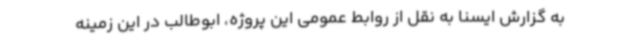
به گزارش ایسنا به نقل از روابط عمومی این پروژه، ابوطالب در این زمینه